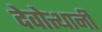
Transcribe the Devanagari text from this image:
देवोत्थानी